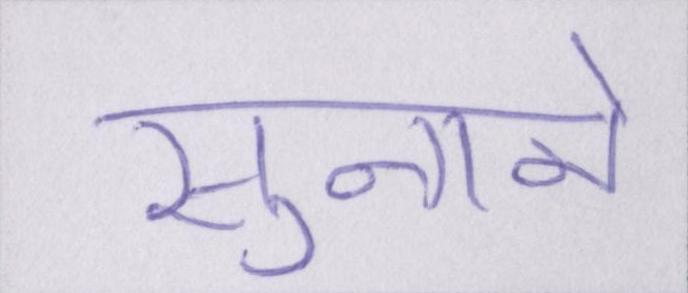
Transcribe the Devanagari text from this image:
सुनाने